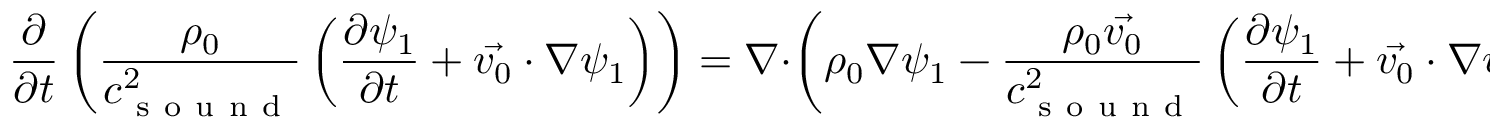
\frac { \partial } { \partial t } \left( \frac { \rho _ { 0 } } { c _ { \mathrm { ~ s ~ o ~ u ~ n ~ d ~ } } ^ { 2 } } \left( \frac { \partial \psi _ { 1 } } { \partial t } + \vec { v _ { 0 } } \cdot \nabla \psi _ { 1 } \right) \right) = \nabla \cdot \left( \rho _ { 0 } \nabla \psi _ { 1 } - \frac { \rho _ { 0 } \vec { v _ { 0 } } } { c _ { \mathrm { ~ s ~ o ~ u ~ n ~ d ~ } } ^ { 2 } } \left( \frac { \partial \psi _ { 1 } } { \partial t } + \vec { v _ { 0 } } \cdot \nabla \psi _ { 1 } \right) \right)